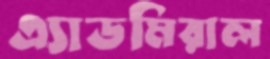
এ্যাডমিরাল